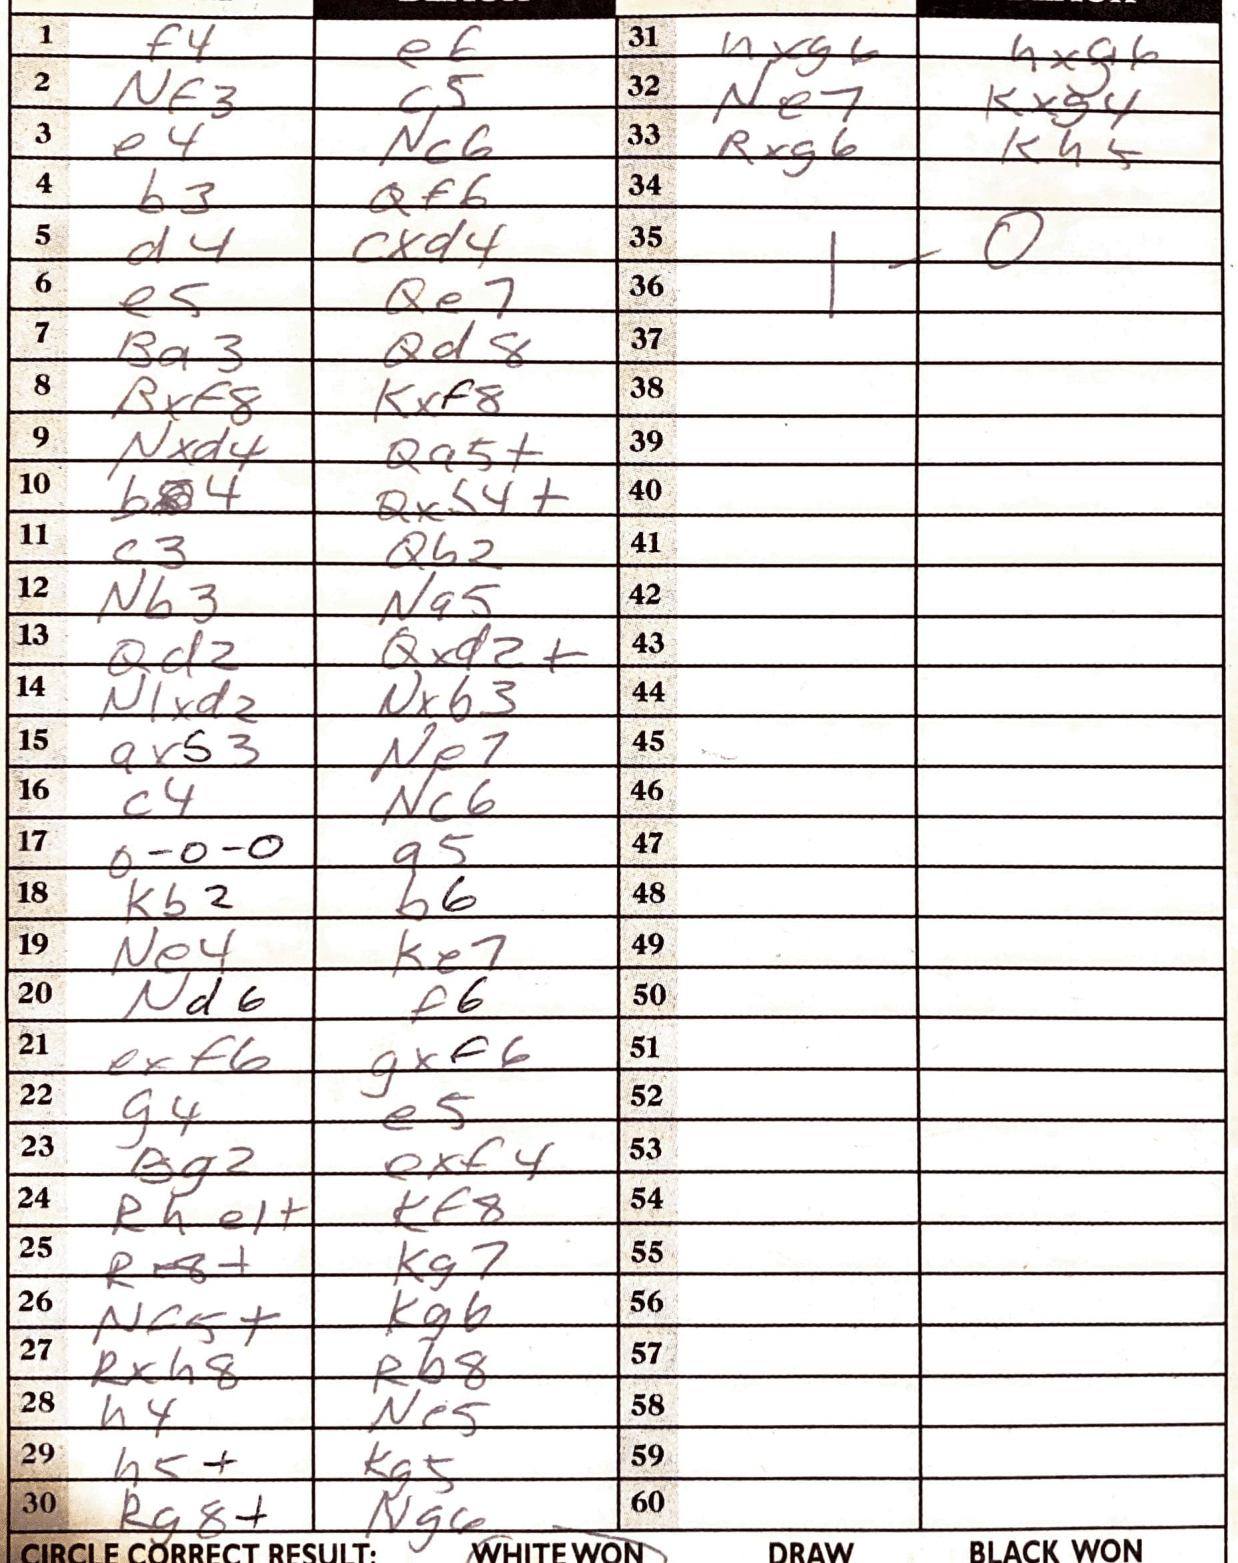
Moves: f4 e6 Nf3 c5 e4 Nc6 b3 Qf6 d4 cxd4 e5 Qe7 Ba3 Qd8 Rxf8 Kxf8 Nxd4 Qa5+ b4 Qxb4+ c3 Qb2 Nb3 Na5 Qd2 Qxd2+ N1xd2 Nxb3 axb3 Ne7 c4 Nc6 O-O-O a5 Kb2 b6 Ne4 Ke7 Nd6 f6 exf6 gxf6 g4 e5 Bg2 exf4 Rhe1+ Kf8 Re8+ Kg7 Nc5+ Kg6 Rxh8 Rb8 h4 Ne5 h5+ Kg5 Rg8+ Ng6 hxg6 hxg6 Ne7 Kxg4 Rxg6 Kh5